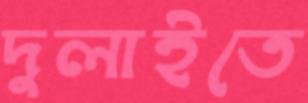
দুলাইতে